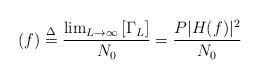
LaTeX: \begin{align*}(f) \buildrel \Delta \over = \frac{\lim_{L\to\infty} \left[ \Gamma_{L}\right]}{N_{0}} = \frac{P|H(f)|^{2}}{N_{0}}\end{align*}